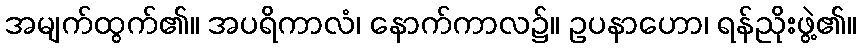
အမျက်ထွက်၏။ အပရိကာလံ၊ နောက်ကာလ၌။ ဥပနာဟော၊ ရန်ညိုးဖွဲ့၏။